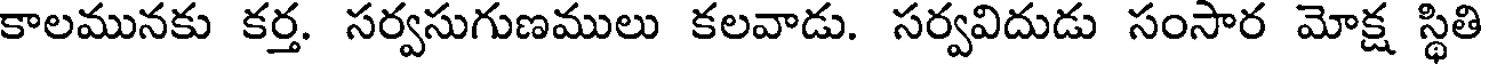
కాలమునకు కర్త. సర్వసుగుణములు కలవాడు. సర్వవిదుడు సంసార మోక్ష స్థితి